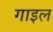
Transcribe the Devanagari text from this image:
गाइल